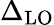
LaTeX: \Delta_{\mathrm{LO}}